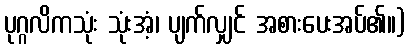
ပုဂ္ဂလိကသုံး သုံးအံ့၊ ပျက်လျှင် အစားပေးအပ်၏။)